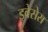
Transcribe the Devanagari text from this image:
ड्वेसेस